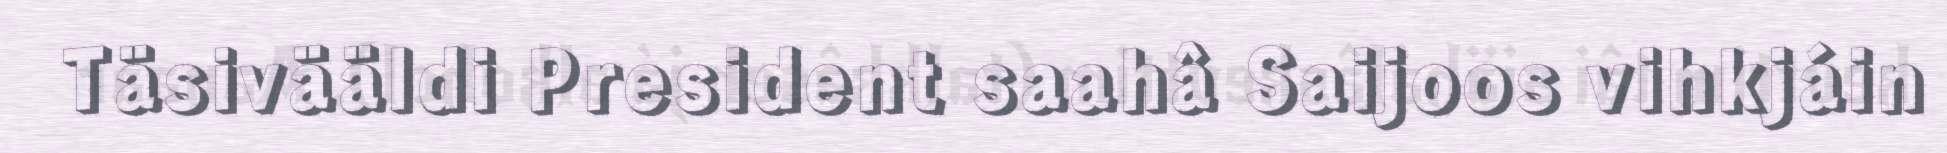
Täsivääldi President saahâ Saijoos vihkjáin